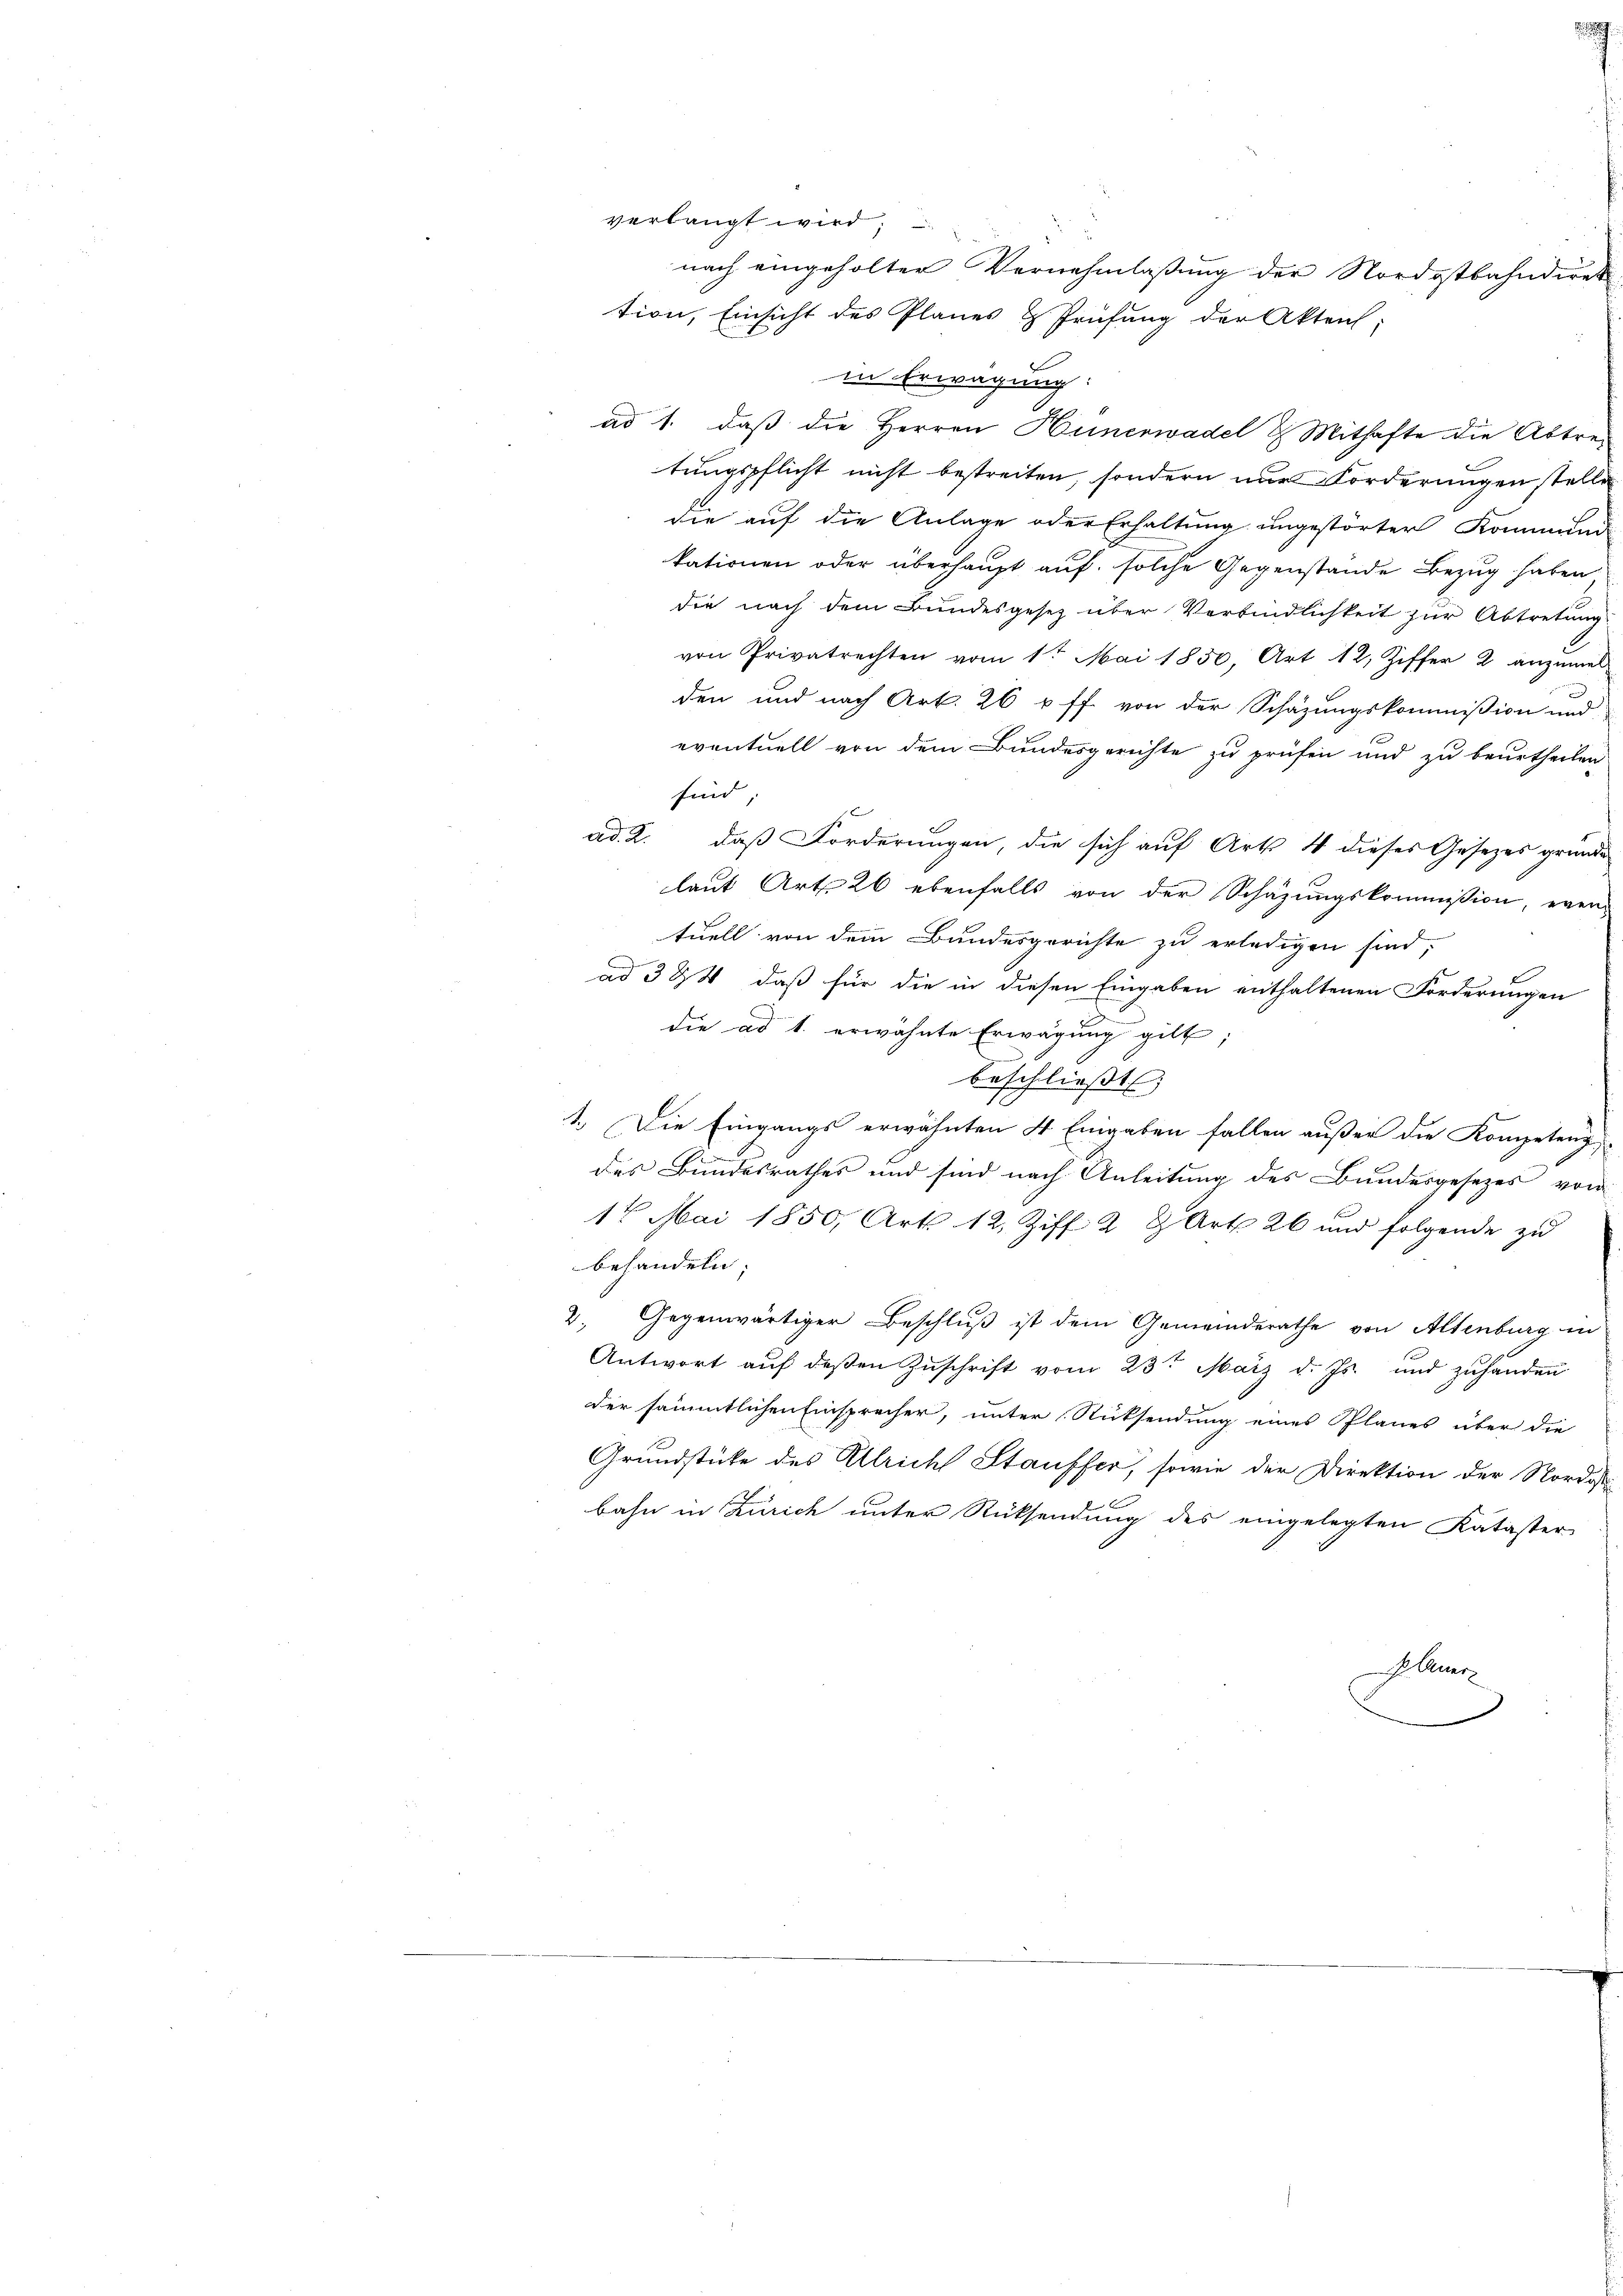
verlangt wird;

nach eingeholter Vernehmlassung der Nordostbahndirek

tion, Einsicht des Planes & Prüfung der Akten:
in Erwägung:
ad 1. daß die Herren Hünerwadel & Mithafte die Abtretungspflicht nicht bestreiten, sondern nur Forderungen stelle
die auf die Anlage oder Erhaltung ungestörter Kommund
kationen oder überhaupt auf solche Gegenstände Bezug haben
die nach dem Bundesgesetz über Verbindlichkeit zur Abtretung
von Privatrechten vom 1t Mai 1830, Art 12, Ziffer 2 anzumel
den und nach Art. 26 uff von der Schazungskommission und
eventuell von dem Bundesgerichte zu prüfen und zu beurtheilen
sind;
6
ad. R. daß Forderungen, die sich auf Art 4 dieses Gesetzes grunde
laut Art. 26 ebenfalls von der Schazungskommission, even
tuell von dem Bundesgerichte zu erledigen sind;
ad 324, daß für die in diesen Eingaben enthaltenen Forderungen
die ad 1. erwähnte Erwägung gilt;
beschließt
1.) Die Eingangs erwähnten 4 Eingaben fallen außer die Kompetenz
des Bundesrathes und sind nach Anleitung des Bundesgesezes von
17 Mai 1850, Art. 12. Ziff. 2 & Art. 26 und folgende zu
behandeln,
2. Gegenwärtiger Beschluß ist dem Gemeinderathe von Altenburg in
Antwort auf deßen Zuschrift vom 23t März d. Js. und zuhanden
der sämmtlichen Einsprecher, unter Rücksendung eines Planes über die
Grundstücke des Ulrich Stauffer, sowie der Direktion der Nordos
bahn in Zürich unter Rücksendung des eingelegten Kataster
. Gener